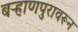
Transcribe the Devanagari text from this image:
बऱ्हाणपुरावरून